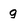
Character: g